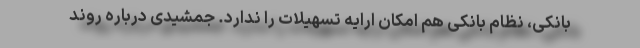
بانکی، نظام بانکی هم امکان ارایه تسهیلات را ندارد. جمشیدی درباره روند